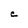
Character: C